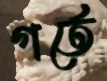
গর্তে